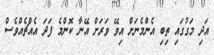
އަދި މަގުގައި ތިބި އެންމެނަށް އިވޭ ވަރަށް އޭނާ ކޮންމެ ފަދަ އެއްޗެއްވެސް